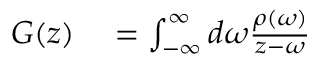
\begin{array} { r l } { G ( z ) } & { { } = \int _ { - \infty } ^ { \infty } d \omega \frac { \rho ( \omega ) } { z - \omega } } \end{array}